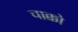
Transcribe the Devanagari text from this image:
चाक्को